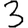
Digit: 3